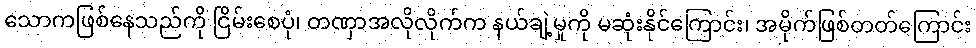
သောကဖြစ်နေသည်ကို ငြိမ်းစေပုံ၊ တဏှာအလိုလိုက်က နယ်ချဲ့မှုကို မဆုံးနိုင်ကြောင်း၊ အမိုက်ဖြစ်တတ်ကြောင်း